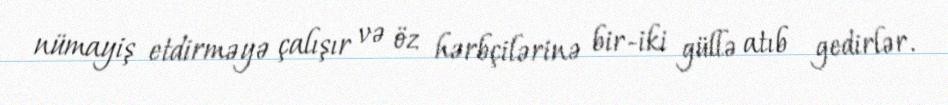
nümayiş etdirməyə çalışır və öz hərbçilərinə bir-iki güllə atıb gedirlər.